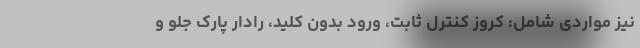
نیز مواردی شامل: کروز کنترل ثابت، ورود بدون کلید، رادار پارک جلو و